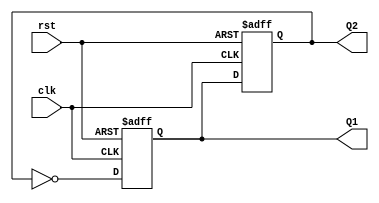
module DualStageJohnsonCounter (
    input wire clk,        // Clock input
    input wire rst,        // Asynchronous reset input
    output reg Q1,        // Output of the first flip-flop
    output reg Q2         // Output of the second flip-flop
);

    // Always block triggered on the rising edge of the clock or reset
    always @(posedge clk or posedge rst) begin
        if (rst) begin
            // Reset both flip-flops to 0
            Q1 <= 1'b0;
            Q2 <= 1'b0;
        end else begin
            // Feedback mechanism: D1 = ~Q2
            Q1 <= ~Q2;
            Q2 <= Q1; // Update Q2 with the current value of Q1
        end
    end

endmodule